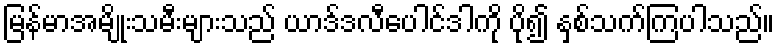
မြန်မာအမျိုးသမီးများသည် ယာဒ်ဒလီပေါင်ဒါကို ပို၍ နှစ်သက်ကြပါသည်။